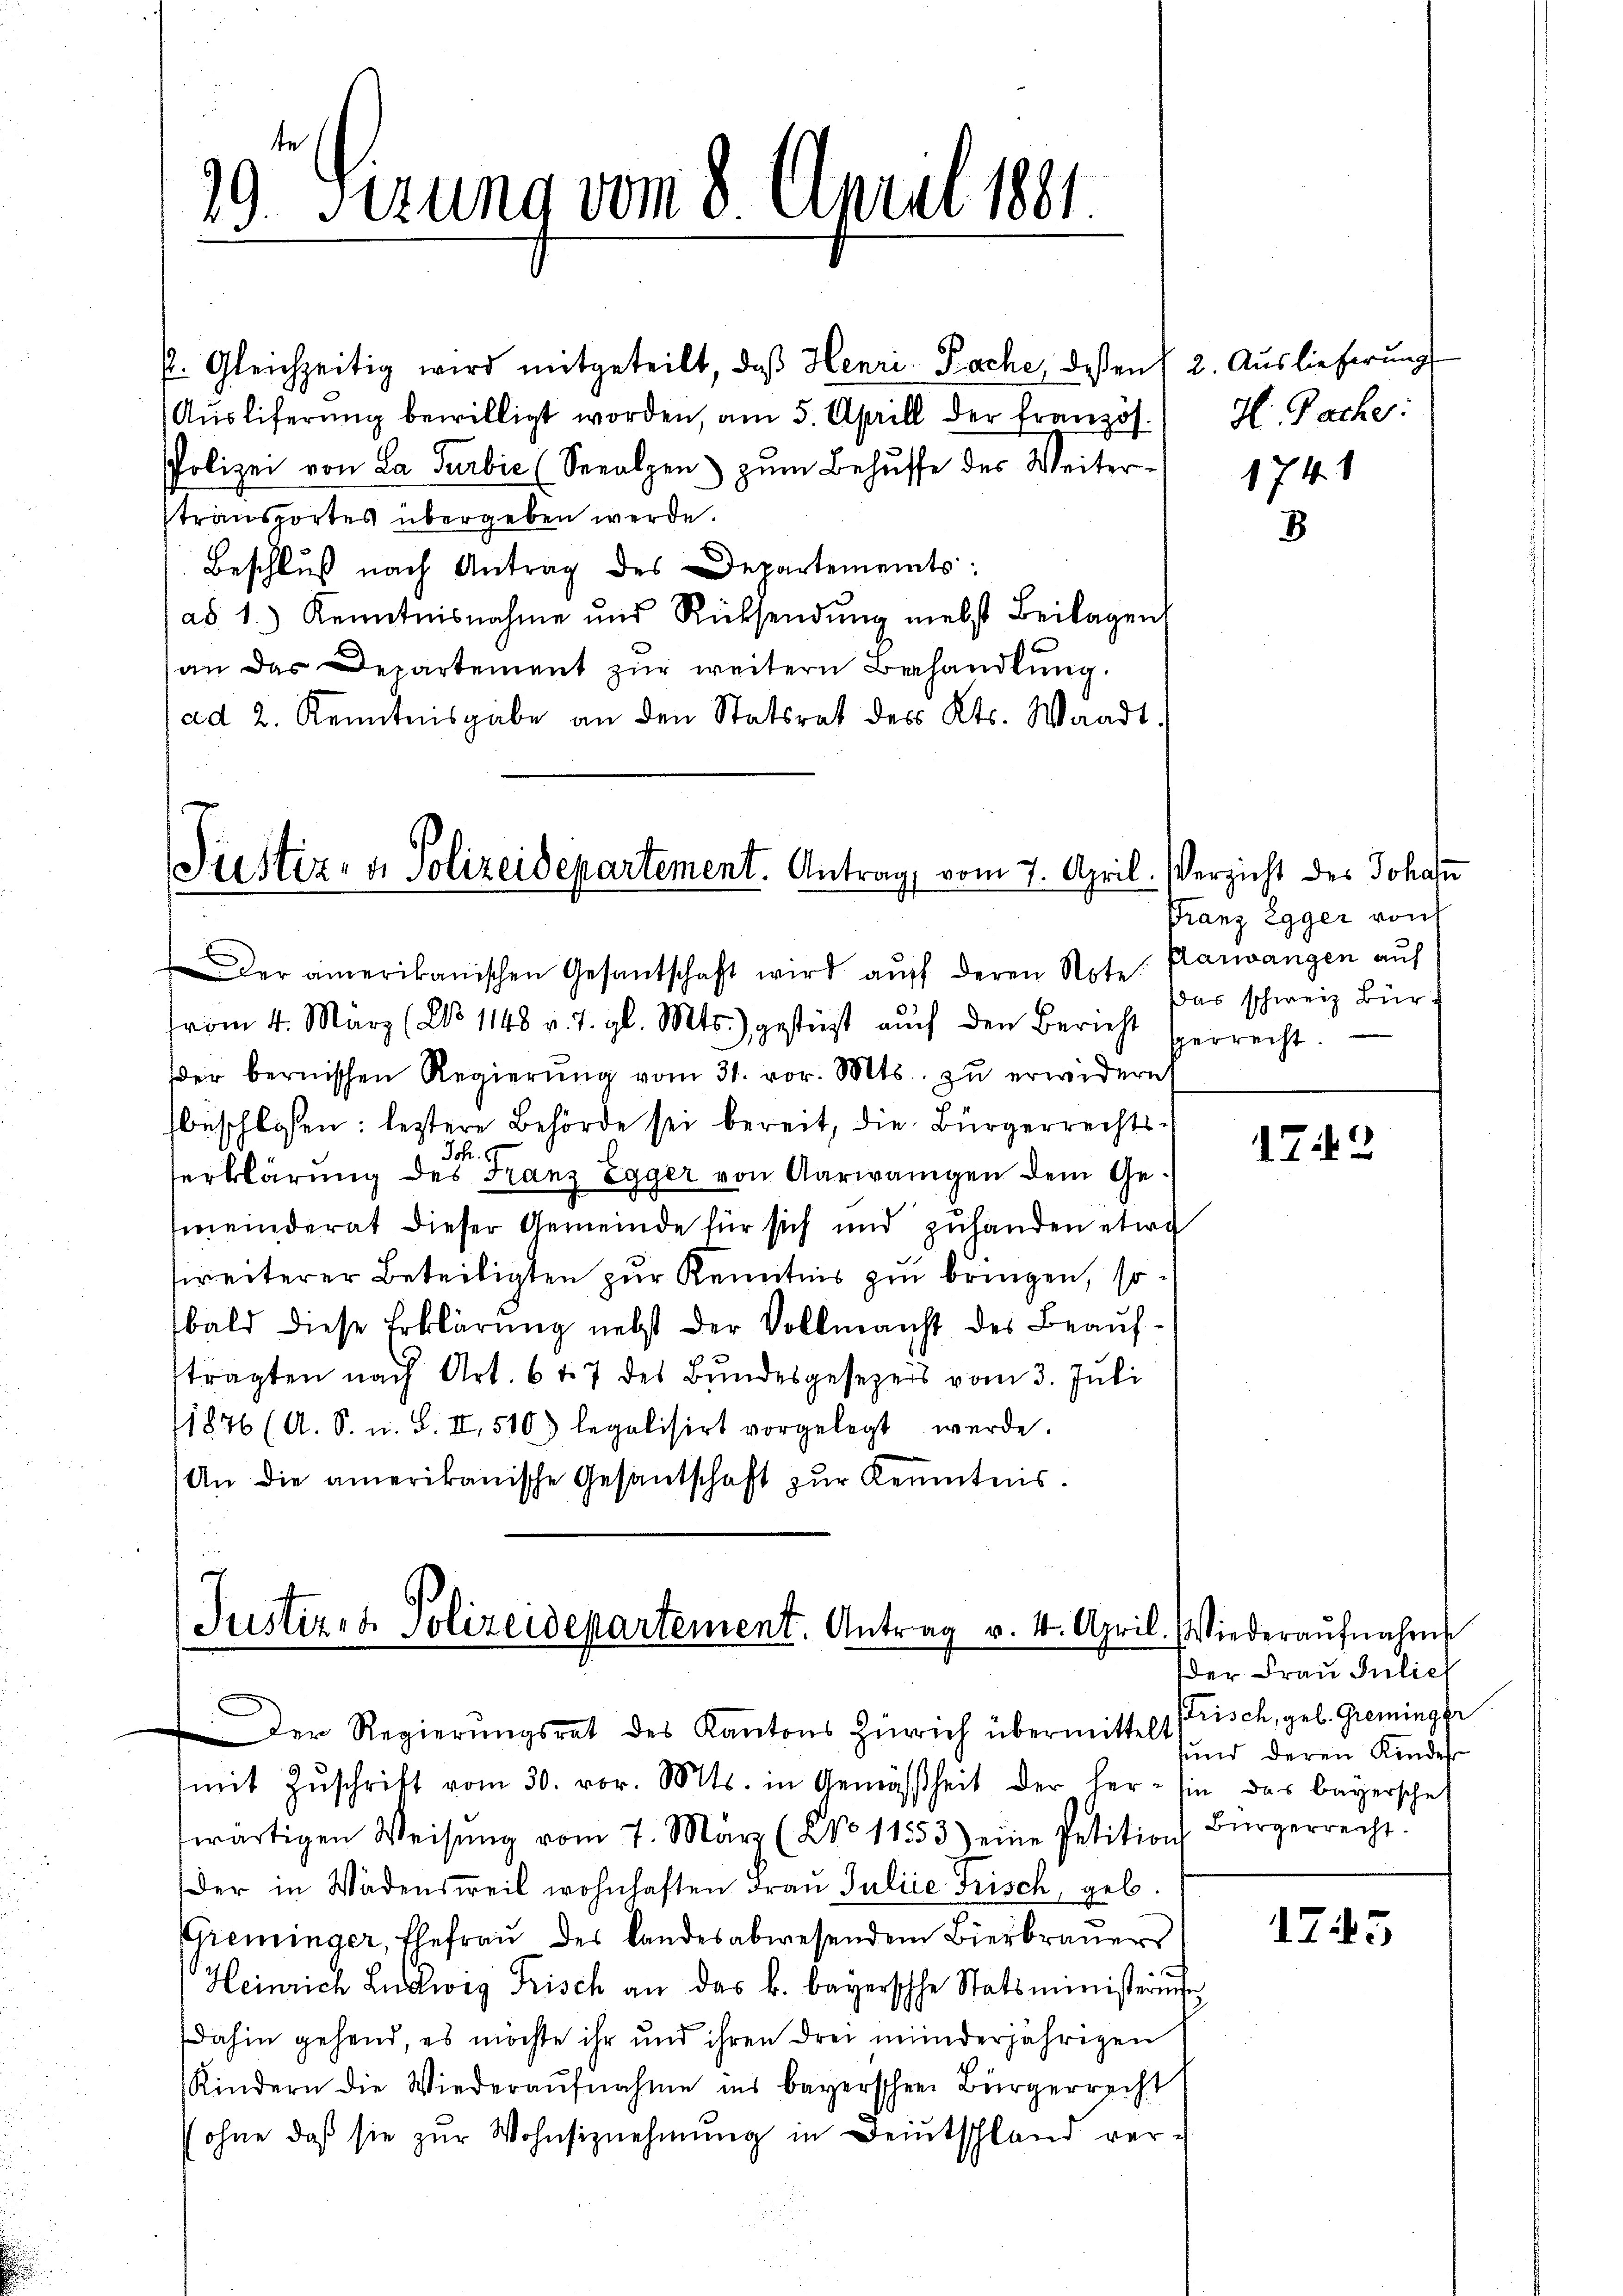
29. Serung vom 8. April 1881

P. Gleichzeitig wird mitgeteilt, daß Henri Pache, deßen
Ausliferung bewilligt worden, am 5. Aprill der französ.
Polizei von La Turbic (Seealzen zŭm Behŭffe des Weiter-
stransportes übergeben werde.
Beschluß nach Antrag des Departements:
ad 1.) Kenntnisnahme und Rücksendŭng nebst Beilagen
an das Departement zŭr weitern Behandlŭng.
(ad 2. Kenntnisgabe an den Statsrat des Kts. Waadt.

Piustiz- & Polizeidepartement. Antrag, vom 7. April. Verzicht des Johan

der amerikanischen Gesantschaft wird auch deren Note Parwangen auf
from 4. März (Ddo 1148 v. 7. gl. Mts.) gestüzt aŭch den Bericht sperrecht.
der bernischen Regierŭng vom 31. vor. Mts. zŭ erwidern
beschlossen: leztere Behörde sei bereit, die Bürgerrechts¬
Jch.
erklärung des Franz Egger von Aarwangen dem Gemeinderat dieser Gemeinde für sich und zuhanden etwa
ireiterer Beteiligten zur Kenntnis zu bringen, so
bald diese Erklärung nebst der Vollmacht des Beaŭf-
tragten nach Art. 647 des Bundesgesezers vom 3. Juli
1876 (A. S. u. S. II, 510) legalisirt vorgelegt werde.
An die amerikanische Gesantschaft zur Kenntnis.

mit Zŭschrift vom 30. vor. Mts. in Gemäßheit der her- sie das Bayerschaf
twärtigen Weisŭng vom 7. März (NNo 11253) eine Petition Bürgerrecht
der in Wädensweil wohnhaften Frau Juliie Frisch, geb
Greminger, Ehefrau des Landesabwesendem Bierbraŭers
Heinrich Ludwig Frisch an das k. bayersche Statsministerŭnge
Dahin gehend, es möchte ihr und ihren drei minderjährigen
Kindern die Wiederaŭfnahme ins bayerschen Bürgerrecht
sohne daß sie zŭr Wohnsiznehmung in Deutschland ver-

Justiz- & Polizeidepartement. Antrag v. 4. April. Wiederaŭfnahme
Der Regierungsrat des Kantons Zürich übermittelt

2. Auslieferung
H. Sache:

1741
8

Franz Egger von
Das schweiz Bür¬

1748

der Frau Julich
trisch, geb. Greminger
fund deren Kindes

1743